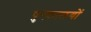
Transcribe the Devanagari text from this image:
पुस्कालयों